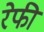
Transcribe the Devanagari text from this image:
रेफी